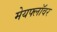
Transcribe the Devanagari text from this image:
मेयफ्लाॅवर